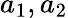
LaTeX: a_{1},a_{2}